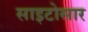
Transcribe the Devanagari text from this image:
साइटोसार